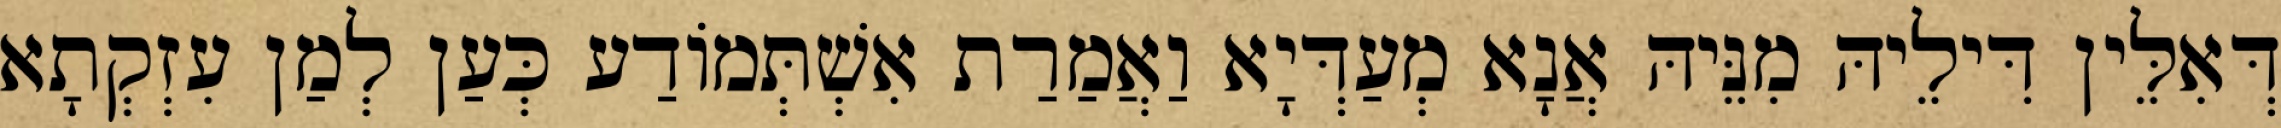
דְּאִלֵּין דִּילֵיהּ מִנֵּיהּ אֲנָא מְעַדְּיָא וַאֲמַרַת אִשְׁתְּמוֹדַע כְּעַן לְמַן עִזְקְתָא